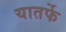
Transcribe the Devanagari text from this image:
यातर्फे